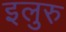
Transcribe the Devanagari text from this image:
इलुरु